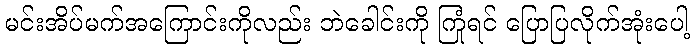
မင်းအိပ်မက်အကြောင်းကိုလည်း ဘဲခေါင်းကို ကြုံရင် ပြောပြလိုက်အုံးပေါ့